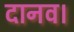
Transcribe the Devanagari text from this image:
दानव।